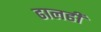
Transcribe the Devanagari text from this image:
ढालही